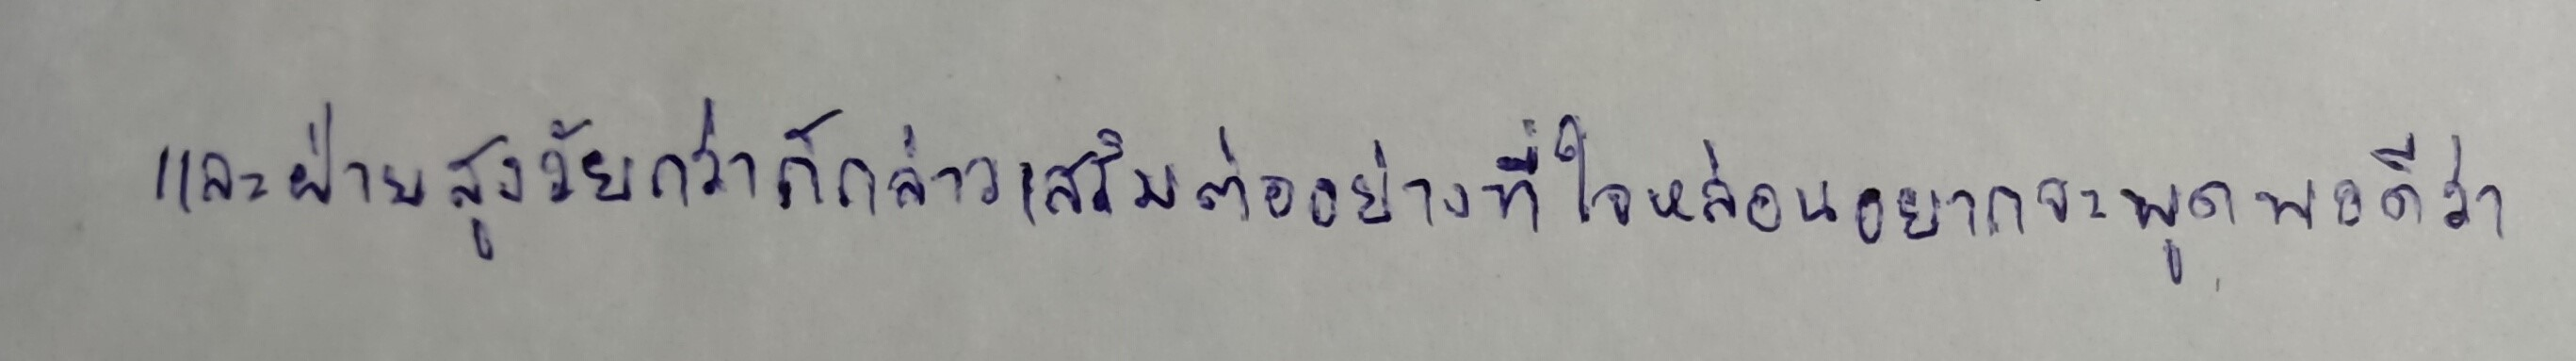
และฝ่ายสูงวัยกว่าก็กล่าวเสริมต่ออย่างที่ใจหล่อนอยากจะพูดพอดีว่า